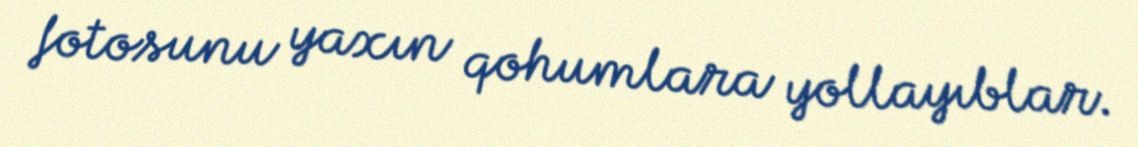
fotosunu yaxın qohumlara yollayıblar.